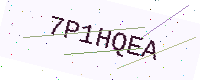
Text: 7P1HQEA